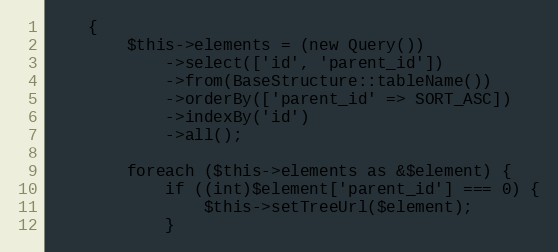
Language: PHP
    {
        $this->elements = (new Query())
            ->select(['id', 'parent_id'])
            ->from(BaseStructure::tableName())
            ->orderBy(['parent_id' => SORT_ASC])
            ->indexBy('id')
            ->all();

        foreach ($this->elements as &$element) {
            if ((int)$element['parent_id'] === 0) {
                $this->setTreeUrl($element);
            }